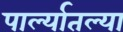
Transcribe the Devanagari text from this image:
पार्ल्यातल्या